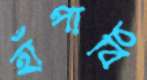
হাঁপাবি